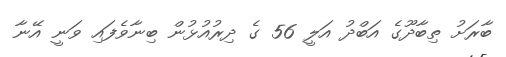
ބާރަށު ތިބާދޫގެ އަބްދު އަލީ 56 ގެ ދިރުއުޅުން ބިނާވެފައި ވަނީ އޭނާ